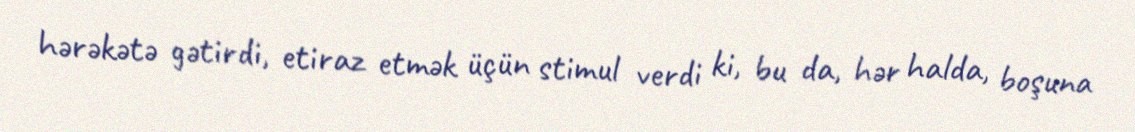
hərəkətə gətirdi, etiraz etmək üçün stimul verdi ki, bu da, hər halda, boşuna